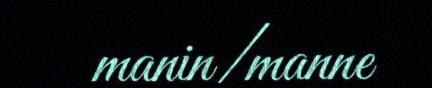
manin/manne